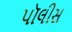
પૉલીસ